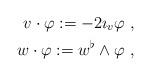
LaTeX: \begin{align*} v\cdot \varphi:=-2\imath_{v}\varphi~,\\ w\cdot \varphi:=w^{\flat}\wedge \varphi~,\end{align*}